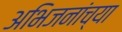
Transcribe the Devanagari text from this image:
अभिजनांच्या